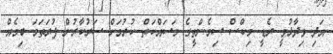
އަދި ވިދާޅުވީ ރެޑީ މިކްސް ސިމެންތީގެ މަސައްކަތް ކުރުމަށް ސަރުކާރުން ފުރަތަމަ ބިމެއް